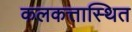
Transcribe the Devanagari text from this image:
कलकत्तास्थित